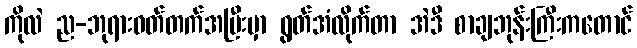
ကိုလဲ ည-ဘုရားဝတ်တက်အပြီးမှာ ရွတ်အံလိုက်တာ အဲဒီ စာချဘုန်းကြီးကတောင်